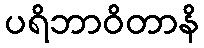
ပရိဘာဝိတာနိ